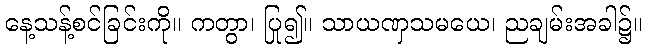
နေ့သန့်စင်ခြင်းကို။ ကတွာ၊ ပြု၍။ သာယဏှသမယေ၊ ညချမ်းအခါ၌။